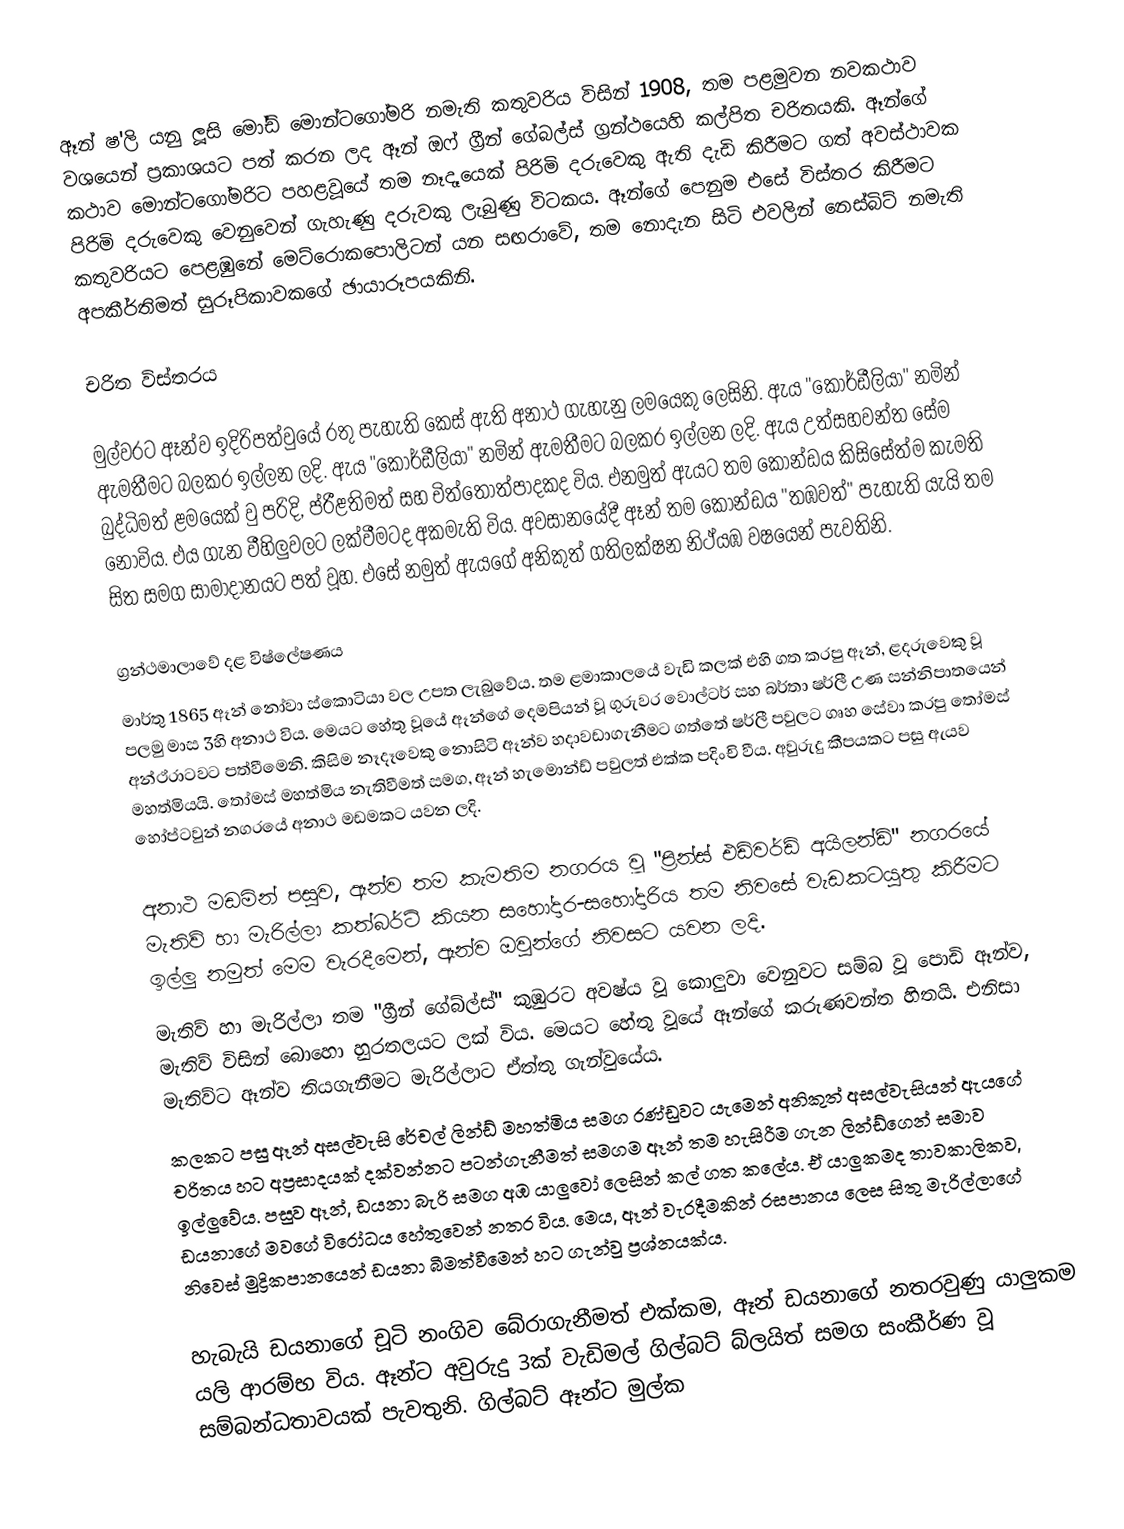
ඈන් ෂ'ලි  යනු ලූසි මෝඩ් මොන්ටගෝමරි නමැති කතුවරිය විසින් 1908, තම පළමුවන නවකථාව වශයෙන් ප්‍රකාශයට පත් කරන ලද ඈන් ඔෆ් ග්‍රීන් ගේබල්ස්  ග්‍රන්ථයෙහි කල්පිත චරිතයකි. ඈන්ගේ කථාව මොන්ටගෝමරිට පහළවූයේ තම නෑදෑයෙක් පිරිමි දරුවෙකු ඇති දැඩි කිරීමට ගත් අවස්ථාවක පිරිමි දරුවෙකු වෙනුවෙන් ගැහැණු දරුවකු ලැබුණු විටකය. ඈන්ගේ පෙනුම එසේ විස්තර කිරීමට  කතුවරියට පෙළඹුනේ මෙට්රොකපොලිටන් යන සඟරාවේ,  තම නොදැන සිටි එවලින් නෙස්බිට් නමැති අපකීර්තිමත් සුරූපිකාවකගේ ඡායාරූපයකිනි.

චරිත විස්තරය

මුල්වරට ඈන්ව ඉදිරිපත්වුයේ රතු පැහැති කෙස් ඇති අනාථ ගැහැනු ලමයෙකු ලෙසිනි. ඇය "කොර්ඩීලියා" නමින් ඇමතීමට බලකර ඉල්ලන ලදි.  ඇය "කොර්ඩීලියා" නමින් ඇමතීමට බලකර ඉල්ලන ලදි.  ඇය උත්සහවන්ත සේම බුද්ධිමත් ළමයෙක් වු පරිදි, ප්රීළතිමත් සහ චිත්තොත්පාදකද විය. එනමුත් ඇයට තම කොන්ඩය කිසිසේත්ම කැමති නොවිය. එය ගැන වීහිලුවලට ලක්වීමටද අකමැති විය. අවසානයේදී ඈන් තම කොන්ඩය "තඹවත්" පැහැති යැයි තම සිත සමග සාමාදානයට පත් වූහ. එසේ නමුත් ඇයගේ අනිකුත් ගතිලක්ෂන නිථ්යඹ වෂයෙන් පැවතිනි.

ග්‍රන්ථමාලාවේ දළ විෂ්ලේෂණය
මාර්තු 1865 ඈන් නෝවා ස්කොටියා වල උපත ලැබුවේය. තම ළමාකාලයේ වැඩි කලක් එහි ගත කරපු ඈන්, ළදරුවෙකු වූ පලමු මාස 3හි අනාථ විය. මෙයට හේතු වූයේ ඈන්ගේ දෙමපියන් වූ ගුරුවර වොල්ටර් සහ බර්තා ෂර්ලී උණ සන්නිපාතයෙන් අන්ථ්රාටවට පත්වීමෙනි.  කිසිම නෑදෑවෙකු නොසිටි ඈන්ව හදාවඩාගැනීමට ගත්තේ ෂර්ලී පවුලට ගෘහ සේවා කරපු තෝමස් මහත්මියයි. තෝමස් මහත්මිය නැතිවීමත් සමග, ඈන් හැමොන්ඩ් පවුලත් එක්ක පදිංචි වීය. අවුරුදු කීපයකට පසු ඇයව හෝප්ටවුන් නගරයේ අනාථ මඩමකට යවන ලදි.

අනාථ මඩමින් පසුව, ඈන්ව තම කැමතිම නගරය වූ "ප්‍රින්ස් එඩ්වර්ඩ් අයිලන්ඩ්" නගරයේ මැතිව් හා මැරිල්ලා කත්බර්ට් කියන සහෝදාර-සහෝදාරිය තම නිවසේ වැඩකටයුතු කිරීමට ඉල්ලු නමුත් මෙම වැරදීමෙන්, ඈන්ව ඔවුන්ගේ නිවසට යවන ලදි.
මැතිව් හා මැරිල්ලා තම "ග්‍රීන් ගේබ්ල්ස්" කුඹුරට අවෂ්ය වූ කොලුවා වෙනුවට සම්බ වූ පොඩි ඈන්ව, මැතිව් විසින් බොහො හුරතලයට ලක් විය. මෙයට හේතු වූයේ ඈන්ගේ කරුණවන්ත හිතයි. එනිසා මැතිව්ට ඈන්ව තියගැනීමට මැරිල්ලාට ඒත්තු ගැන්වුයේය.
කලකට පසු ඈන් අසල්වැසි රේචල් ලින්ඩ් මහත්මිය සමග රණ්ඩුවට යැමෙන් අනිකුත් අසල්වැසියන් ඇයගේ චරිතය හට අප්‍රසාදයක් දක්වන්නට පටන්ගැනීමත් සමගම ඈන් තම හැසිරීම ගැන ලින්ඩ්ගෙන් සමාව ඉල්ලුවේය. පසුව ඈන්, ඩයනා බැරි සමග අඹ යාලුවෝ ලෙසින් කල් ගත කලේය. ඒ යාලුකමද තාවකාලිකව, ඩයනාගේ මවගේ විරෝධය හේතුවෙන් නතර විය. මෙය, ඈන් වැරදීමකින් රසපානය ලෙස සිතු මැරිල්ලාගේ නිවෙස් මුද්‍රිකපානයෙන්  ඩයනා  බීමත්වීමෙන් හට ගැන්වු ප්‍රශ්නයක්ය.

හැබැයි ඩයනාගේ චූටි නංගිව බේරාගැනීමත් එක්කම,  ඈන් ඩයනාගේ නතරවුණු ‍යාලුකම යලි ආරම්භ විය. ඈන්ට අවුරුදු 3ක් වැඩිමල් ගිල්බට් බ්ලයිත් සමග සංකීර්ණ වූ සම්බන්ධතාවයක් පැවතුනි. ගිල්බට් ඈන්ට මුල්ක